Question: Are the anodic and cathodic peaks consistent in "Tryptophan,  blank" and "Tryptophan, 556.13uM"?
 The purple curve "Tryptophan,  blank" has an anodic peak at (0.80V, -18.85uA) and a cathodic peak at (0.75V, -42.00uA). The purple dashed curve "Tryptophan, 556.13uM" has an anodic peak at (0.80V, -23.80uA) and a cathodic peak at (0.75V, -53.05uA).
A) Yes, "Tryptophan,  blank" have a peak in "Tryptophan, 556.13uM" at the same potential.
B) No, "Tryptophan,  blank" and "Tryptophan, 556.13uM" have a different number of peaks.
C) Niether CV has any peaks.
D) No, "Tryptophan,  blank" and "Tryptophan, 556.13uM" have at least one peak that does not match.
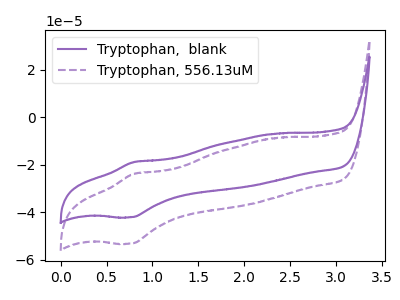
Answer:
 <answer>A) Yes, "Tryptophan,  blank" have a peak in "Tryptophan, 556.13uM" at the same potential.</answer>
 <eval>A</eval>